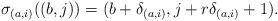
LaTeX: \begin{align*} \sigma_{(a,i)}((b,j))=(b+\delta_{(a,i)},j+r\delta_{(a,i)}+1). \end{align*}